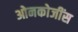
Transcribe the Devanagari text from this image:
ओनकोजींस